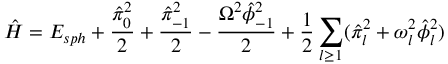
\hat { \cal H } = E _ { s p h } + { \frac { \hat { \pi } _ { 0 } ^ { 2 } } { 2 } } + { \frac { \hat { \pi } _ { - 1 } ^ { 2 } } { 2 } } - { \frac { \Omega ^ { 2 } \hat { \phi } _ { - 1 } ^ { 2 } } { 2 } } + { \frac { 1 } { 2 } } \sum _ { l \ge 1 } ( \hat { \pi } _ { l } ^ { 2 } + \omega _ { l } ^ { 2 } \hat { \phi } _ { l } ^ { 2 } )